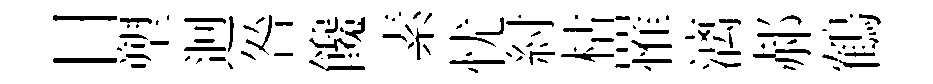
日塑迥咎饞素忧紂枯罹漓郝鶴